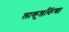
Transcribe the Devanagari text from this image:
लाकूडकिंवा